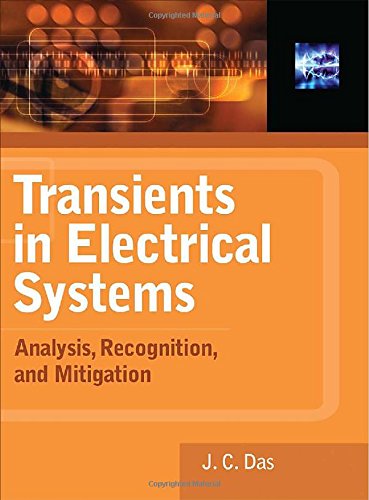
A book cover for Transients in Electrical Systems: Analysis, Recognition, and Mitigation; J.C. Das; Business & Money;